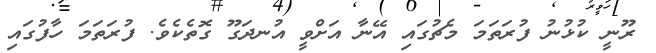
ރޫނީ ކުޅުނު ފުރަތަމަ މެޗުގައި އޭނާ އަށްވީ އުނދަގޫ ގޮތެކެވެ. ފުރަތަމަ ހާފުގައި